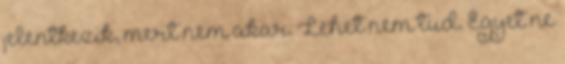
jelentkezik, mert nem akar. Lehet nem tud. Egyet ne